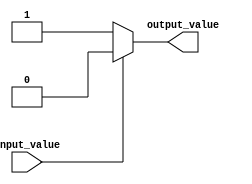
module assign_statement (
    input input_value,
    output reg output_value
);

always @(*) begin
    if (input_value == 1'b1) begin
        output_value = 1'b0;
    end else begin
        output_value = 1'b1;
    end
end

endmodule